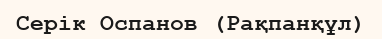
Серік Оспанов (Рақпанқұл)